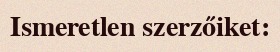
Ismeretlen szerzőiket: